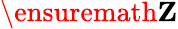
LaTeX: \ensuremath\mathbf{Z}